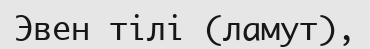
Эвен тілі (ламут),